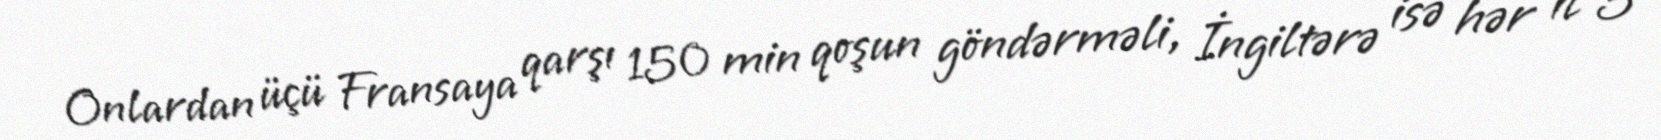
Onlardan üçü Fransaya qarşı 150 min qoşun göndərməli, İngiltərə isə hər il 5